Statistical return of the lunatic asylum in Assam - 1912-1932
Year: 1912
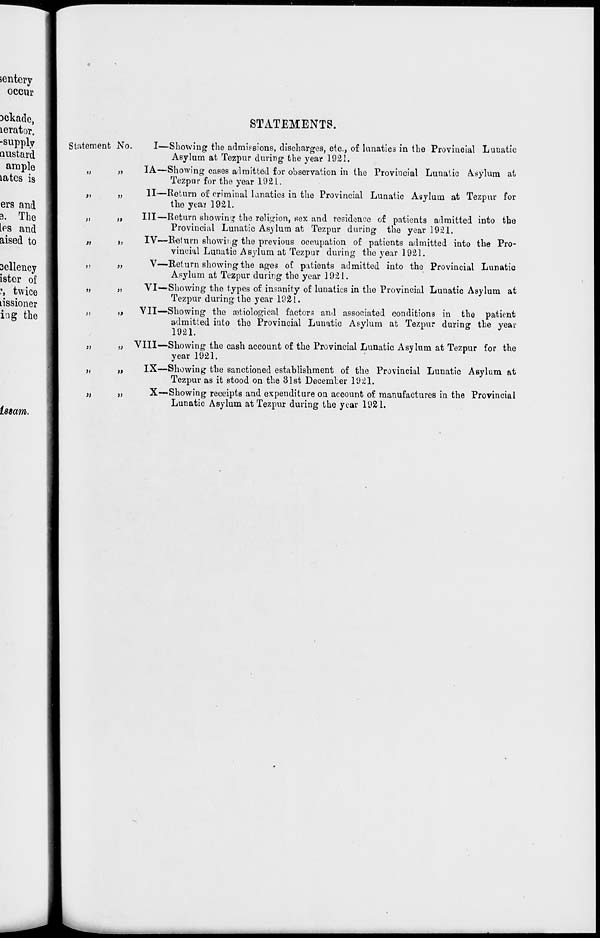
jentery
j
occur j
Dckadc,
lerator.
-Supply
austard
| Statement No
ample
lates is
»
)}
[
f>
J>
ers and
3. The
j
>»
)>
IPS and
aised to
[
»
u
sellency
ister of
1
"
"
', twice 1
»
j)
nssioner
ing the I
»
"
})
)l
>J
j;
»
»>
STATEMENTS.
I—Showing the admissions, discharges, etc., of lunatics in the Provincial Lunatic
Asylum at Tezpur during the year 1921.
IA—Showing cases admitted for observation in the Provincial Lunatic Asylum at
Tezpuv for the year 1921.
II—Return of criminal lanatics in the Provincial Lunatic Asylum at Tezpur for
the yea* 1921.
Ill—Return showing the religion, sex and residence of patients admitted into the
Provincial Lunatic Asylum at Tezpur during the year 1921.
IV—Return showii.g the previous occupation of patients admitted into the Pro-
vincial Lunatic Asylum at Tezpur during the year 1921.
V—Return showing the ages of patients admitted into the Provincial Lunatic
Asylum at Tezpur during the year 1921.
VI—-Showing the types of insanity of lunatics in the Provincial Lunatic Asylum at
Tezpur during the year 1921.
VII—Showing the retiological factors and associated conditions in the patient
admitted into the Provincial Lunatic Asylum at Tezpur during the year
1921.
VIII—Showing the cash account of the Provincial Lunatic Asylum at Tezpur for the
year 1921.
IX—Showing the sanctioned establishment of the Provincial Lunatic Asylum at
Tezpur as it stood on the 31st December 1921.
X—Showing receipts and expenditure on account of manufactures in the Provincial
Lunatic Asylum at Tezpur during the year 1921.